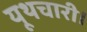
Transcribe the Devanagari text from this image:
यूथचारी।